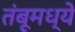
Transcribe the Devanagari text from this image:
तंबूमध्ये